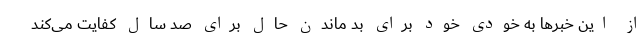
از این خبرها به خودی خود برای بد ماندن حال برای صد سال کفایت می‌کند